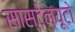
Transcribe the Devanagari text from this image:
सास्टेन्यूटो